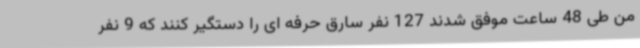
من طی 48 ساعت موفق شدند 127 نفر سارق حرفه ای را دستگیر کنند که 9 نفر